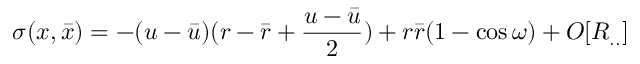
\sigma ( x , { \bar { x } } ) = - ( u - { \bar { u } } ) ( r - { \bar { r } } + \frac { u - { \bar { u } } } { 2 } ) + r { \bar { r } } ( 1 - \cos \omega ) + O [ R _ { . . } ]